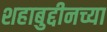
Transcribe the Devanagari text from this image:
शहाबुद्दीनच्या